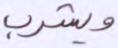
ويشرب